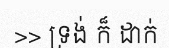
>> ទ្រង់ ក៏ ដាក់